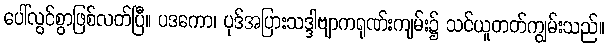
ပေါ်လွင်စွာဖြစ်လတ်ပြီ။ ပဒကော၊ ပုဒ်အပြားသဒ္ဒါဗျာကရုဏ်းကျမ်း၌ သင်ယူတတ်ကျွမ်းသည်။